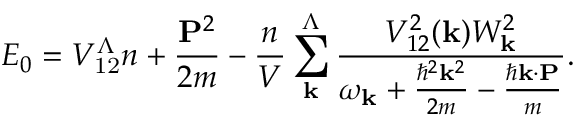
\ensuremath { E _ { 0 } = V _ { \mathrm { 1 2 } } ^ { \Lambda } n + \frac { \mathbf { P } ^ { 2 } } { 2 m } - \frac { n } { V } \sum _ { \mathbf { k } } ^ { \Lambda } \frac { V _ { 1 2 } ^ { 2 } ( \mathbf { k } ) W _ { \mathbf { k } } ^ { 2 } } { \omega _ { \mathbf { k } } + \frac { \hbar ^ { 2 } \mathbf { k } ^ { 2 } } { 2 m } - \frac { \hbar \mathbf { k } \cdot \mathbf { P } } { m } } } .